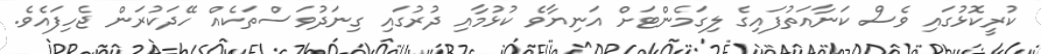
ކުރީކޮޅުގައި ވެސް ކަނާއަތުފައިގެ ލިގަމެންޓަށް އަނިޔާވެ ކުޅުމާއި ދުރުގައި ގިނަދުވަސްތަކެއް ހޭދަކުރަން ޖެހިފައެވެ.